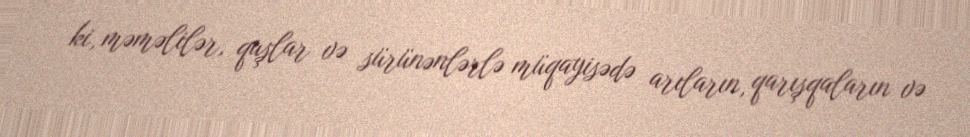
ki, məməlilər, quşlar və sürünənlərlə müqayisədə arıların, qarışqaların və